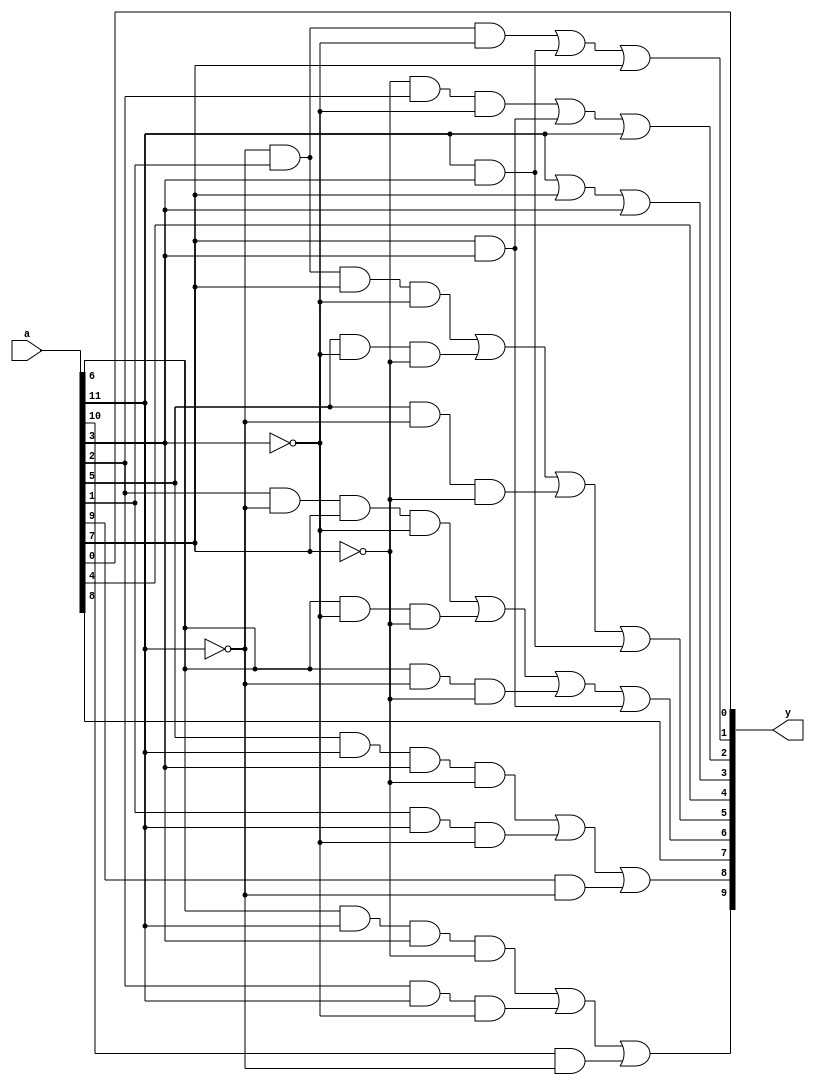
//  IBM Corp. 2020
// Licensed under the Apache License, Version 2.0 (the "License"), as modified by
// the terms below; you may not use the files in this repository except in
// compliance with the License as modified.
// You may obtain a copy of the License at http://www.apache.org/licenses/LICENSE-2.0
//
// Modified Terms:
//
//    1) For the purpose of the patent license granted to you in Section 3 of the
//    License, the "Work" hereby includes implementations of the work of authorship
//    in physical form.
//
//    2) Notwithstanding any terms to the contrary in the License, any licenses
//    necessary for implementation of the Work that are available from OpenPOWER
//    via the Power ISA End User License Agreement (EULA) are explicitly excluded
//    hereunder, and may be obtained from OpenPOWER under the terms and conditions
//    of the EULA.  
//
// Unless required by applicable law or agreed to in writing, the reference design
// distributed under the License is distributed on an "AS IS" BASIS, WITHOUT
// WARRANTIES OR CONDITIONS OF ANY KIND, either express or implied. See the License
// for the specific language governing permissions and limitations under the License.
// 
// Additional rights, including the ability to physically implement a softcore that
// is compliant with the required sections of the Power ISA Specification, are
// available at no cost under the terms of the OpenPOWER Power ISA EULA, which can be
// obtained (along with the Power ISA) here: https://openpowerfoundation.org. 

//*****************************************************************************
//  Description:  XU BCD to DPD Conversion
//
//*****************************************************************************

module xu0_bcd_bcdtd(
   input [0:11] a,
   output [0:9] y
);

   assign y[0] = (a[5] & a[0] & a[8] & (~a[4])) | (a[9] & a[0] & (~a[8])) | (a[1] & (~a[0]));
   assign y[1] = (a[6] & a[0] & a[8] & (~a[4])) | (a[10] & a[0] & (~a[8])) | (a[2] & (~a[0]));
   assign y[2] = a[3];
   assign y[3] = (a[9] &  (~a[0]) & a[4] & (~a[8])) | (a[5] & (~a[8]) & (~a[4])) | (a[5] & (~a[0]) & (~a[4])) | (a[4] & a[8]);
   assign y[4] = (a[10] & (~a[0]) & a[4] & (~a[8])) | (a[6] & (~a[8]) & (~a[4])) | (a[6] & (~a[0]) & (~a[4])) | (a[0] & a[8]);
   assign y[5] = a[7];
   assign y[6] = a[0] | a[4] | a[8];
   assign y[7] = ((~a[4]) & a[9] &  (~a[8])) | (a[4] & a[8]) | a[0];
   assign y[8] = ((~a[0]) & a[10] & (~a[8])) | (a[0] & a[8]) | a[4];
   assign y[9] = a[11];

endmodule